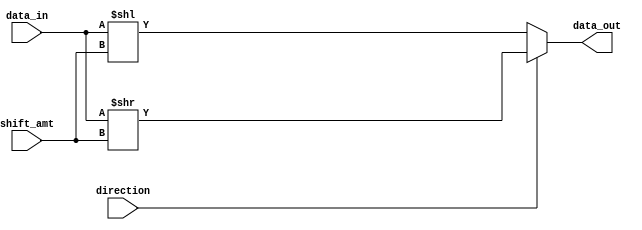
module circular_barrel_shifter (
    input [7:0] data_in,
    input [2:0] shift_amt,
    input direction,
    output reg [7:0] data_out
);

reg [7:0] temp;

always @ (data_in, shift_amt, direction)
begin
    if (direction == 1'b0) // Left shift
        temp = data_in << shift_amt;
    else // Right shift
        temp = data_in >> shift_amt;
    
    data_out = temp;
end

endmodule